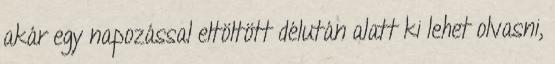
akár egy napozással eltöltött délután alatt ki lehet olvasni,